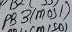
Text: PB3